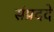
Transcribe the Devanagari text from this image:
संप्रददे